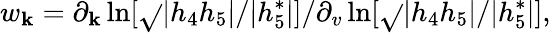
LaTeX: w_{\mathbf{k}}=\partial_{\mathbf{k}}\ln[\sqrt{}{{|h_{4}h_{5}|}}/|h_{5}^{\ast}|]/\partial_{v}\ln[\sqrt{}{{|h_{4}h_{5}|}}/|h_{5}^{\ast}|],